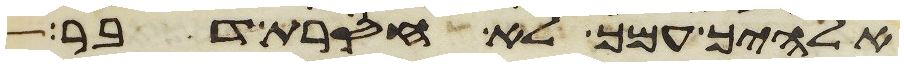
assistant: אלהיך עמך לא חסרת דבר